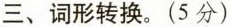
三、词形转换。(5分)